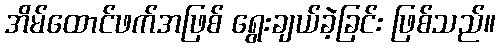
အိမ်ထောင်ဖက်အဖြစ် ရွေးချယ်ခဲ့ခြင်း ဖြစ်သည်။